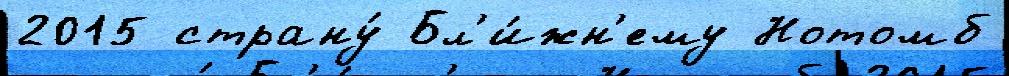
2015 страну́ Бл'и́жн'ему Нотомб